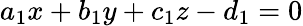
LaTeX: a_{1}x+b_{1}y+c_{1}z-d_{1}=0